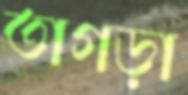
তাগড়া